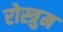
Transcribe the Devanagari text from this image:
रोस्त्रुम